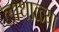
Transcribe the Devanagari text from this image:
लाथाळ्या